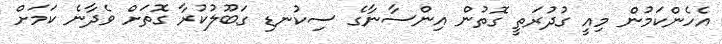
އެހެންކަމުން މިއީ ގުދުރަތީ ގޮތުން އިންސާނާގެ ސިކުނޑި ގަބޫލުކުރާ ގޮތަށް ވެދާނެ ކަމަށް